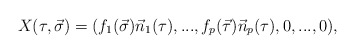
\begin{align*}X(\tau ,\vec {\sigma })=(f_1(\vec {\sigma }) \vec{n}_1(\tau ), ..., f_p(\vec {\tau }) \vec {n}_p(\tau ), 0, ...,0),\end{align*}